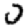
Digit: 0